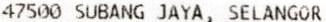
47500 SUBANG JAYA, SELANGOR